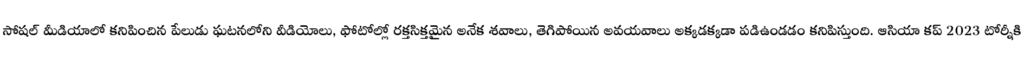
సోషల్ మీడియాలో కనిపించిన పేలుడు ఘటనలోని వీడియోలు, ఫోటోల్లో రక్తసిక్తమైన అనేక శవాలు, తెగిపోయిన అవయవాలు అక్కడక్కడా పడిఉండడం కనిపిస్తుంది. ఆసియా కప్ 2023 టోర్నీకి